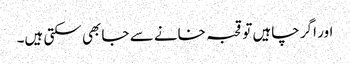
اور اگر چاہیں تو قحبہ خانے سے جا بھی سکتی ہیں۔